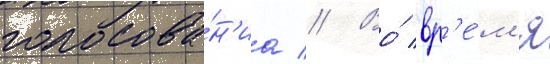
голосова́н'иа // Во́ вр'е́м'я